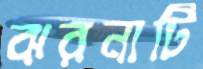
ঝরনাটি